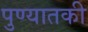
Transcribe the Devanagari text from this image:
पुण्यातकी